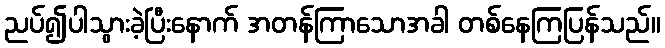
ညပ်၍ပါသွားခဲ့ပြီးနောက် အတန်ကြာသောအခါ တစ်နေကြပြန်သည်။